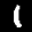
Label: 1